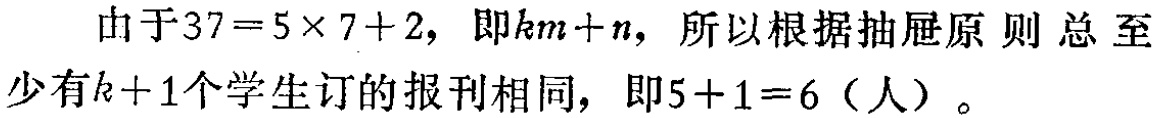
由于\(37 = 5\times 7 + 2\)，即\(km + n\)，所以根据抽屉原则总至少有\(k + 1\)个学生订的报刊相同，即\(5 + 1 = 6\)（人）。